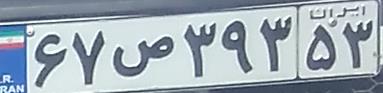
۶۷ص۳۹۳۵۳